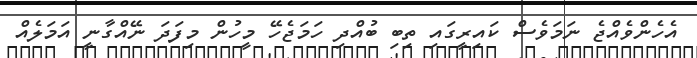
އެހެންވެއްޖެ ނަމަވެސް ކައިރީގައި ތިބި ބުއްދި ހަމަޖެހޭ މީހުން މިފަދަ ނޭއްގާނީ އަމަލެއް